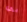
بي